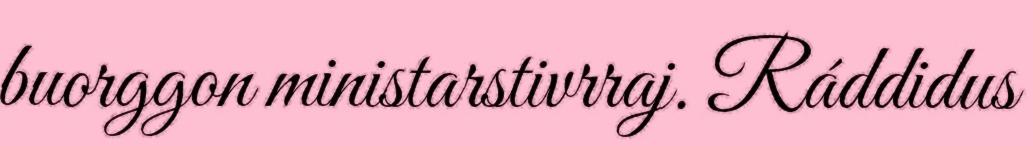
buorggon ministarstivrraj. Ráddidus